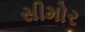
સીમોર